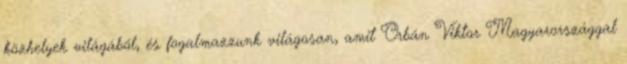
közhelyek világából, és fogalmazzunk világosan, amit Orbán Viktor Magyarországgal